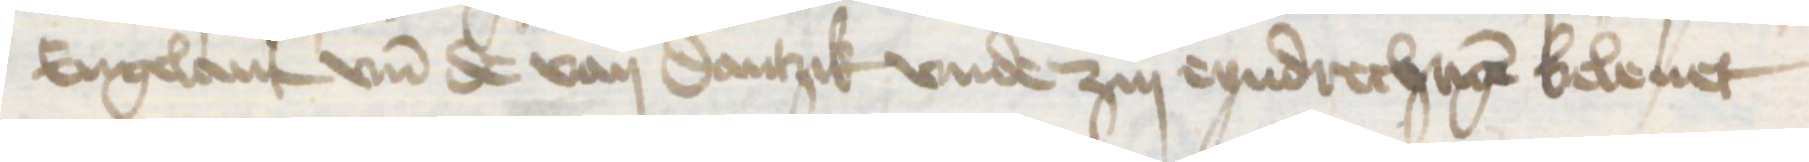
Engelant vnd de van Dantzik vnde zin eyndrechtigen beleuet